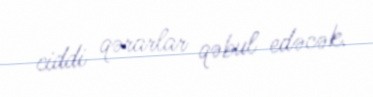
ciddi qərarlar qəbul edəcək.